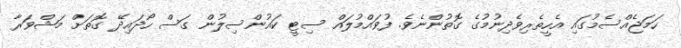
ހަމަޖެއްސެމުގައި އެހީތެރިވެދިނުމުގެ ގޮތުންނެވެ. ފުވައްމުލައް ސިޓީ ކައުންސިލުން ގަސް ހޯދައިދޭ ގޮތަށް މަޝްވަރާ